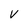
Character: V